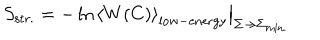
\left. S _ { \mathrm { s t r . } } = - \ln \left< W ( C ) \right> _ { \mathrm { l o w - e n e r g y } } \right| _ { \Sigma \to \Sigma _ { \mathrm { m i n . } } }